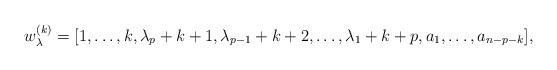
LaTeX: \begin{gather*}w_{\lambda}^{(k)} = [1, \ldots, k, \lambda_p+k+1, \lambda_{p-1}+k+2,\ldots,\lambda_1+k+p, a_1,\ldots,a_{n-p-k}],\end{gather*}